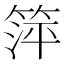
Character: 𬕘